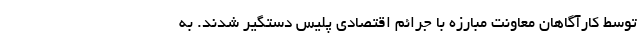
توسط کارآگاهان معاونت مبارزه با جرائم اقتصادی پلیس دستگیر شدند. به